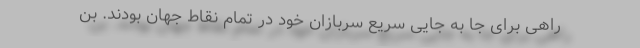
راهی برای جا به جایی سریع سربازان خود در تمام نقاط جهان بودند. بن